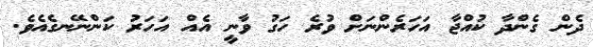
ދެން ގެންދާ ކުއްޖާ އަހަރެންނަށް ވުރެ ހަގު ވާނީ އެއް އަހަރު ކަންނޭނގެއެވެ.